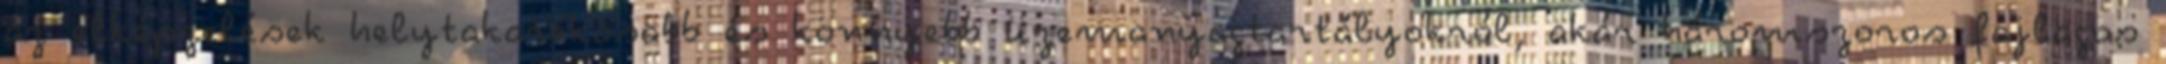
az elképzelések helytakarékosabb és könnyebb üzemanyagtartályokról, akár háromszoros fajlagos